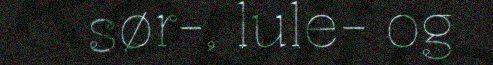
sør-, lule- og